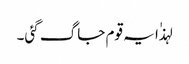
لہذٰا یہ قوم جاگ گئی۔